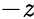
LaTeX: -\mathit{z}